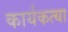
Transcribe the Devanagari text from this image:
कार्यकत्या